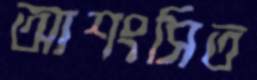
আশংসিত